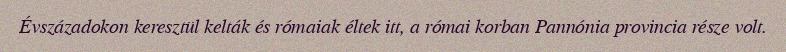
Évszázadokon keresztül kelták és rómaiak éltek itt, a római korban Pannónia provincia része volt.